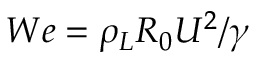
W e = { \rho _ { L } } { R _ { 0 } } { U ^ { 2 } } / \gamma